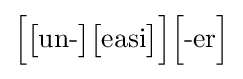
{\Big [}{\big [}{\mbox{un-}}{\big ]}{\big [}{\mbox{easi}}{\big ]}{\Big ]}{\Big [}{\mbox{-er}}{\Big ]}